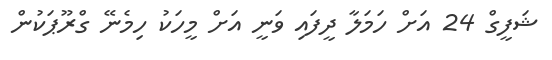
ޝަފީގް 24 އަށް ހަމަލާ ދީފައި ވަނީ އަށް މީހަކު ހިމެނޭ ގްރޫޕަކުން